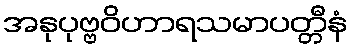
အနုပုဗ္ဗဝိဟာရသမာပတ္တီနံ